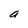
Character: a